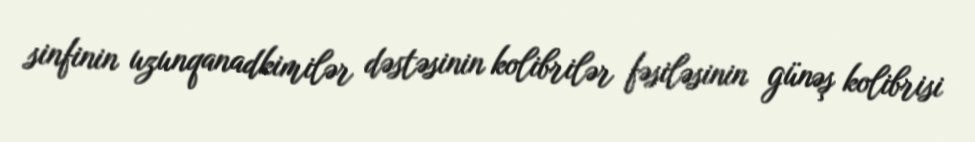
sinfinin uzunqanadkimilər dəstəsinin kolibrilər fəsiləsinin günəş kolibrisi